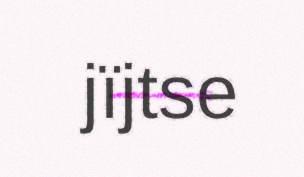
jïjtse